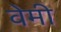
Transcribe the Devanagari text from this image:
वेमी